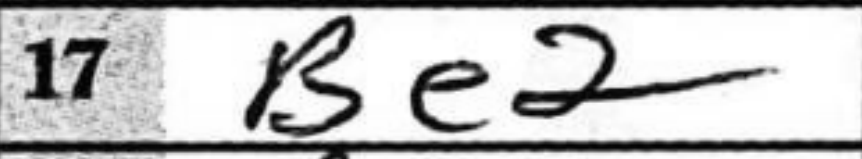
Transcription: Be2